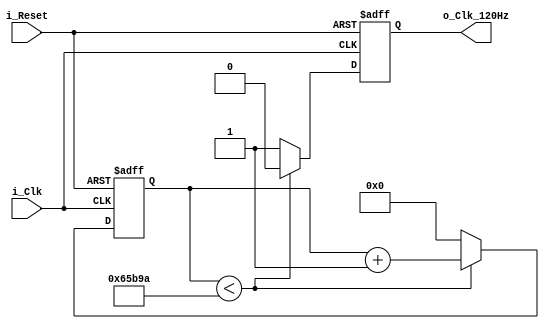
`timescale 1ns / 1ps
//////////////////////////////////////////////////////////////////////////////////
// Company: 
// Engineer: 
// 
// Design Name: 
// Module Name: Prescalador
// Project Name: 
// Target Devices: 
// Tool Versions: 
// Description: 
// 
// Dependencies: 
// 
// Revision:
// Revision 0.01 - File Created
// Additional Comments:
// 
//////////////////////////////////////////////////////////////////////////////////


module Preescalador #(parameter lim=416666) (
    input i_Clk,
    input i_Reset,
    output reg o_Clk_120Hz
);
reg [19:0] cuent; // registro para almacenar la cuenta interna del preescalador

    always @ ( posedge i_Clk, negedge i_Reset)

        if (~i_Reset)
    begin
        cuent <= 0;
        o_Clk_120Hz <= 0;
    end
    
 else if (cuent < lim) //aumenta la cuenta en uno mintras no llegue al limite
     begin
         cuent <= cuent + 1'd1;
         o_Clk_120Hz <= 0;
     end
     
 else // manda un pulso a la salida cuando llega al limite y la cuenta regresa a cero
     begin
         cuent <= 0;
         o_Clk_120Hz <= 1;
     end
endmodule